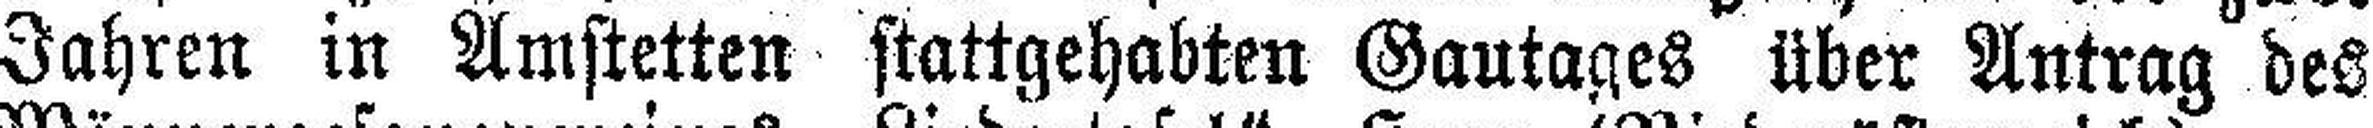
Jahren in Amstetten stattgehabten Gautages über Antrag des